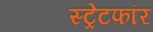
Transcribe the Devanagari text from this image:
स्ट्रेटफॉर